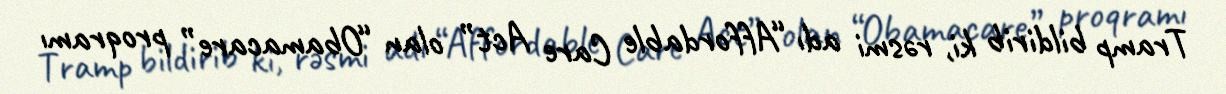
Tramp bildirib ki, rəsmi adı “Affordable Care Act” olan “Obamacare” proqramı